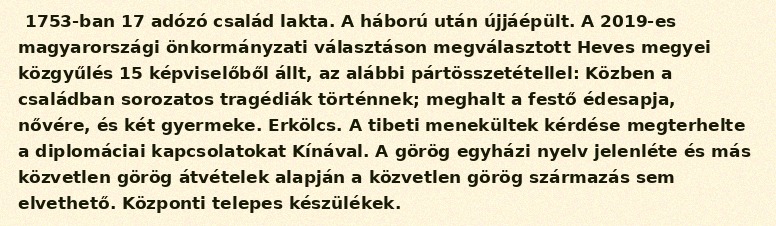
1753-ban 17 adózó család lakta. A háború után újjáépült. A 2019-es magyarországi önkormányzati választáson megválasztott Heves megyei közgyűlés 15 képviselőből állt, az alábbi pártösszetétellel: Közben a családban sorozatos tragédiák történnek; meghalt a festő édesapja, nővére, és két gyermeke. Erkölcs. A tibeti menekültek kérdése megterhelte a diplomáciai kapcsolatokat Kínával. A görög egyházi nyelv jelenléte és más közvetlen görög átvételek alapján a közvetlen görög származás sem elvethető. Központi telepes készülékek.